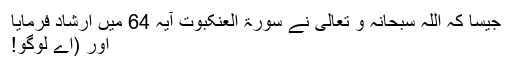
جیسا کہ اللہ سبحانہ و تعالی نے سورۃ العنکبوت آیہ 64 میں ارشاد فرمایا
اور (اے لوگو!